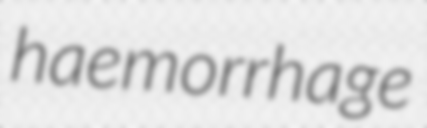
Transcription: haemorrhage